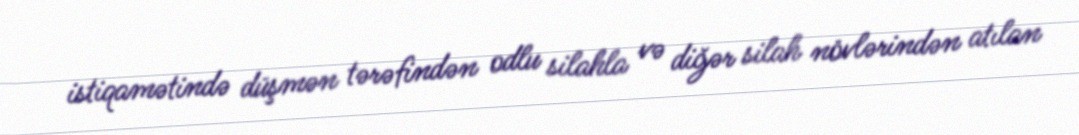
istiqamətində düşmən tərəfindən odlu silahla və diğər silah növlərindən atılan